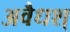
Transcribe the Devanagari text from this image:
अवैधश्